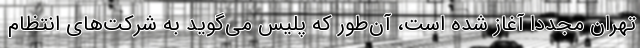
تهران مجدداً آغاز شده است، آن‌طور که پلیس می‌گوید به شرکت‌های انتظام